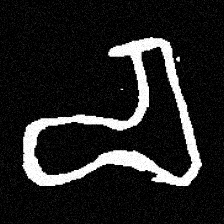
Pyu character \u2014 Myanmar letter: စ (romanized: ca)